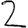
Digit: 2